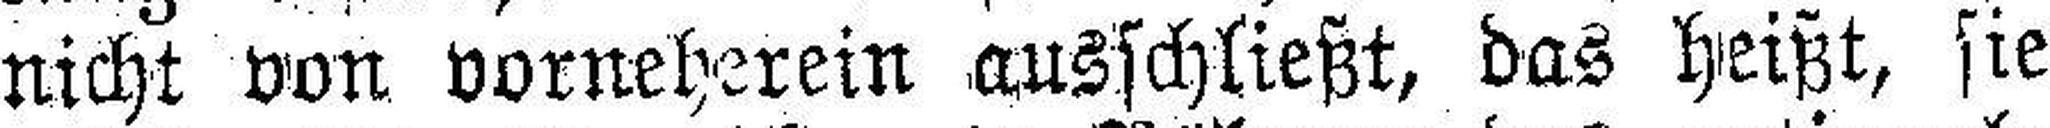
nicht von Vorneherein ausschließt, das heißt, sie